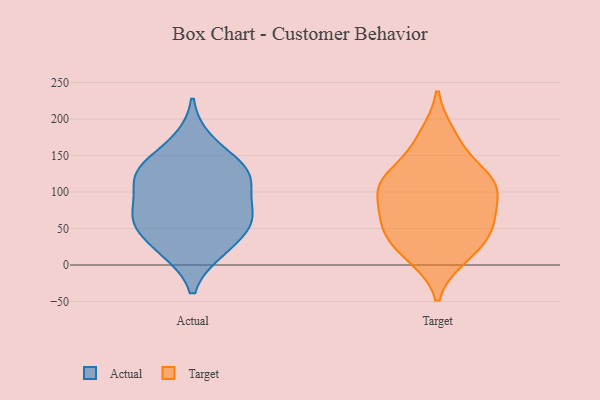
{"axis": {"x": "Gross Profit (USD K)", "y": "Value"}, "legend": ["Actual", "Target"], "data": [{"x": "", "y": 120, "type": "Actual"}, {"x": "", "y": 71, "type": "Actual"}, {"x": "", "y": 67, "type": "Actual"}, {"x": "", "y": 47, "type": "Actual"}, {"x": "", "y": 133, "type": "Actual"}, {"x": "", "y": 63, "type": "Actual"}, {"x": "", "y": 70, "type": "Actual"}, {"x": "", "y": 132, "type": "Actual"}, {"x": "", "y": 115, "type": "Actual"}, {"x": "", "y": 20, "type": "Actual"}, {"x": "", "y": 169, "type": "Actual"}, {"x": "", "y": 21, "type": "Actual"}, {"x": "", "y": 120, "type": "Actual"}, {"x": "", "y": 12, "type": "Target"}, {"x": "", "y": 107, "type": "Target"}, {"x": "", "y": 114, "type": "Target"}, {"x": "", "y": 177, "type": "Target"}, {"x": "", "y": 111, "type": "Target"}, {"x": "", "y": 15, "type": "Target"}, {"x": "", "y": 51, "type": "Target"}, {"x": "", "y": 117, "type": "Target"}, {"x": "", "y": 167, "type": "Target"}, {"x": "", "y": 65, "type": "Target"}, {"x": "", "y": 119, "type": "Target"}, {"x": "", "y": 106, "type": "Target"}, {"x": "", "y": 71, "type": "Target"}, {"x": "", "y": 45, "type": "Target"}, {"x": "", "y": 29, "type": "Target"}, {"x": "", "y": 62, "type": "Target"}]}